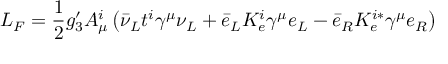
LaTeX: { \cal L } _ { F } = \frac { 1 } { 2 } g _ { 3 } ^ { \prime } A _ { \mu } ^ { i } \left( \bar { \nu } _ { L } t ^ { i } \gamma ^ { \mu } \nu _ { L } + \bar { e } _ { L } K _ { e } ^ { i } \gamma ^ { \mu } e _ { L } - \bar { e } _ { R } K _ { e } ^ { i \ast } \gamma ^ { \mu } e _ { R } \right)